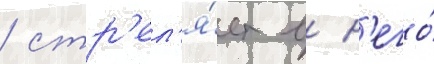
/ стр'ел'я́ет в н'его́